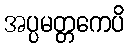
အပ္ပမတ္တကေပိ